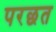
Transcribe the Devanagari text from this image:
परछत